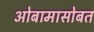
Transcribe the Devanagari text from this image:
ओबामासोबत